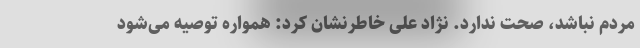
مردم نباشد، صحت ندارد. نژاد علی خاطرنشان کرد: همواره توصیه می‌شود